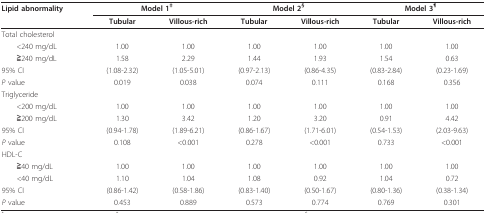
| Lipid abnormality | <COLSPAN=2> Model 1‡ | <COLSPAN=2> Model 2§ | <COLSPAN=2> Model 3¶ |
 |  | Tubular | Villous-rich | Tubular | Villous-rich | Tubular | Villous-rich |
 | --- | --- | --- | --- | --- | --- | --- |
 | <COLSPAN=7> Total cholesterol |
 | <240 mg/dL | 1.00 | 1.00 | 1.00 | 1.00 | 1.00 | 1.00 |
 | ≧240 mg/dL | 1.58 | 2.29 | 1.44 | 1.93 | 1.54 | 0.63 |
 | 95% CI | (1.08-2.32) | (1.05-5.01) | (0.97-2.13) | (0.86-4.35) | (0.83-2.84) | (0.23-1.69) |
 | P value | 0.019 | 0.038 | 0.074 | 0.111 | 0.168 | 0.356 |
 | <COLSPAN=7> Triglyceride |
 | <200 mg/dL | 1.00 | 1.00 | 1.00 | 1.00 | 1.00 | 1.00 |
 | ≧200 mg/dL | 1.30 | 3.42 | 1.20 | 3.20 | 0.91 | 4.42 |
 | 95% CI | (0.94-1.78) | (1.89-6.21) | (0.86-1.67) | (1.71-6.01) | (0.54-1.53) | (2.03-9.63) |
 | P value | 0.108 | <0.001 | 0.278 | <0.001 | 0.733 | <0.001 |
 | <COLSPAN=7> HDL-C |
 | ≧40 mg/dL | 1.00 | 1.00 | 1.00 | 1.00 | 1.00 | 1.00 |
 | <40 mg/dL | 1.10 | 1.04 | 1.08 | 0.92 | 1.04 | 0.72 |
 | 95% CI | (0.86-1.42) | (0.58-1.86) | (0.83-1.40) | (0.50-1.67) | (0.80-1.36) | (0.38-1.34) |
 | P value | 0.453 | 0.889 | 0.573 | 0.774 | 0.769 | 0.301 |